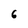
Character: 6